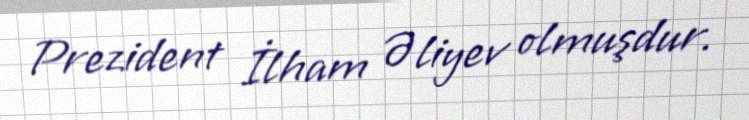
Prezident İlham Əliyev olmuşdur.